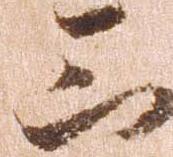
三